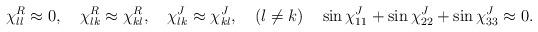
LaTeX: \begin{align*}\chi^{R}_{ll}\approx 0,\quad\chi^{R}_{lk}\approx \chi^{R}_{kl}, \quad \chi^{J}_{lk}\approx \chi^{J}_{kl}, \quad (l \neq k)\quad\sin\chi^{J}_{11}+\sin\chi^{J}_{22}+\sin\chi^{J}_{33}\approx 0.\end{align*}